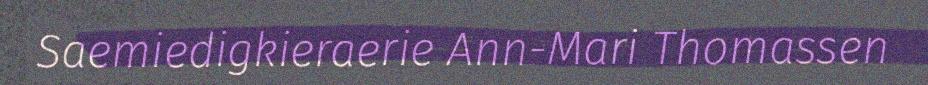
Saemiedigkieraerie Ann-Mari Thomassen